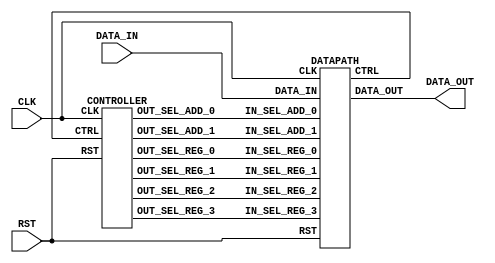
module SQRT(
	CLK, RST,
	DATA_IN,
	DATA_OUT
);

input			CLK, RST;
input [15:0]	DATA_IN;
output [15:0]	DATA_OUT;

wire			SEL_REG_0;
wire [1:0]		SEL_REG_1;
wire [1:0]		SEL_REG_2;
wire [1:0]		SEL_REG_3;

wire [1:0]		SEL_ADD_0;
wire [1:0]		SEL_ADD_1;

wire			CTRL;


DATAPATH DATAPATH(
	// Inputs
	CLK, RST,
	DATA_IN,
	SEL_REG_0,
	SEL_REG_1,
	SEL_REG_2,
	SEL_REG_3,
	SEL_ADD_0,
	SEL_ADD_1,
	// Outputs
	CTRL,
	DATA_OUT
);

CONTROLLER CONTROLLER(
	// Inputs
	CLK, RST,
	CTRL,
	// Outputs
	SEL_REG_0,
	SEL_REG_1,
	SEL_REG_2,
	SEL_REG_3,
	SEL_ADD_0,
	SEL_ADD_1
);

endmodule


module DATAPATH(
	CLK, RST,
	DATA_IN,

	IN_SEL_REG_0,
	IN_SEL_REG_1,
	IN_SEL_REG_2,
	IN_SEL_REG_3,

	IN_SEL_ADD_0,
	IN_SEL_ADD_1,

	CTRL,
	DATA_OUT
);

input			CLK, RST;
input [15:0]	DATA_IN;

input			IN_SEL_REG_0;
input [1:0]		IN_SEL_REG_1;
input [1:0]		IN_SEL_REG_2;
input [1:0]		IN_SEL_REG_3;

input [1:0]		IN_SEL_ADD_0;
input [1:0]		IN_SEL_ADD_1;

output			CTRL;
output [15:0]	DATA_OUT;

// Registers
reg [15:0]		REG_0, REG_1, REG_2, REG_3;

// Wires
wire [15:0]		DATA_IN_MUL_0, DATA_IN_MUL_1, DATA_OUT_MUL;
wire [15:0]		DATA_IN_DIV_0, DATA_IN_DIV_1, DATA_OUT_DIV;
wire [15:0]		DATA_IN_ADD_0, DATA_IN_ADD_1, DATA_OUT_ADD;
wire [15:0]		DATA_IN_CMP_0, DATA_IN_CMP_1;
wire [15:0]		DATA_IN_SHIFT, DATA_OUT_SHIFT;


always @(posedge CLK or posedge RST)
begin
	if(RST) begin
		REG_0 <= 16'd0;
		REG_1 <= 16'd0;
		REG_2 <= 16'd0;
		REG_3 <= 16'd0;
	end else begin
		REG_0 <= MUX_2_TO_1(DATA_IN, REG_0, IN_SEL_REG_0);
		REG_1 <= MUX_4_TO_1(REG_1, DATA_OUT_ADD, DATA_OUT_DIV, DATA_OUT_SHIFT, IN_SEL_REG_1);
		REG_2 <= MUX_3_TO_1(REG_1, DATA_OUT_MUL, DATA_OUT_ADD, IN_SEL_REG_2);
		REG_3 <= MUX_3_TO_1(16'b0000000000000000, REG_3, DATA_OUT_ADD, IN_SEL_REG_3);
	end
end


// -------------------------------- //
// FU's input
// -------------------------------- //

assign DATA_IN_MUL_0 = 16'b0000000011100011; //  0.89
assign DATA_IN_MUL_1 = REG_0;

assign DATA_IN_DIV_0 = REG_0;
assign DATA_IN_DIV_1 = REG_1;

assign DATA_IN_ADD_0 = MUX_3_TO_1(16'b0000000000111000, 16'b0000000100000000, REG_2, IN_SEL_ADD_0); //  0.22  1
assign DATA_IN_ADD_1 = MUX_3_TO_1(REG_1, REG_2, REG_3, IN_SEL_ADD_1);

assign DATA_IN_CMP_0 = REG_3;
assign DATA_IN_CMP_1 = 16'b0000010100000000; //  5 ( )

assign DATA_IN_SHIFT = REG_2;


function [15:0] MUX_2_TO_1;
input [15:0]    IN_0;
input [15:0]    IN_1;
input           IN_SEL;
reg [15:0]      ANSWER;
begin
	if(IN_SEL==0)
		ANSWER = IN_0;
	else if(IN_SEL==1)
		ANSWER = IN_1;
	else
		ANSWER = 16'bxxxxxxxxxxxxxxxx;
	MUX_2_TO_1 = ANSWER;
end
endfunction

function [15:0] MUX_3_TO_1;
input [15:0]    IN_0;
input [15:0]    IN_1;
input [15:0]    IN_2;
input [1:0]     IN_SEL;
reg [15:0]      ANSWER;
begin
	if(IN_SEL==0)
		ANSWER = IN_0;
	else if(IN_SEL==1)
		ANSWER = IN_1;
	else if(IN_SEL==2)
		ANSWER = IN_2;
	else
		ANSWER = 16'bxxxxxxxxxxxxxxxx;
	MUX_3_TO_1 = ANSWER;
end
endfunction

function [15:0] MUX_4_TO_1;
input [15:0]    IN_0;
input [15:0]    IN_1;
input [15:0]    IN_2;
input [15:0]    IN_3;
input [1:0]     IN_SEL;
reg [15:0]      ANSWER;
begin
	if(IN_SEL==0)
		ANSWER = IN_0;
	else if(IN_SEL==1)
		ANSWER = IN_1;
	else if(IN_SEL==2)
		ANSWER = IN_2;
	else if(IN_SEL==3)
		ANSWER = IN_3;
	else
		ANSWER = 16'bxxxxxxxxxxxxxxxx;
	MUX_4_TO_1 = ANSWER;
end
endfunction



ADDER ADDER(DATA_IN_ADD_0, DATA_IN_ADD_1, DATA_OUT_ADD);
MULTIPLIER MULTIPLIER(DATA_IN_MUL_0, DATA_IN_MUL_1, DATA_OUT_MUL);
DIVIDER DIVIDER(DATA_IN_DIV_0, DATA_IN_DIV_1, DATA_OUT_DIV);
COMPARATOR COMPARATOR(DATA_IN_CMP_0, DATA_IN_CMP_1, CTRL);
SHIFTER SHIFTER(DATA_IN_SHIFT, DATA_OUT_SHIFT);

assign DATA_OUT = REG_1;

endmodule

module ADDER(A, B, Y);
	input [15:0] A;
	input [15:0] B;
	output [15:0] Y;

	assign Y = A + B;
endmodule

module MULTIPLIER(A, B, Y);
	input [15:0] A;
	input [15:0] B;
	output [15:0] Y;

	assign Y = {4'b0000, A[15:4]} * {4'b0000, B[15:4]};
endmodule

module DIVIDER(A, B, Y);
	input [15:0] A;
	input [15:0] B;
	wire [23:0] T1, T2;
	output [15:0] Y;

	assign Y = A / {8'b00000000, B[15:8]};
endmodule

module COMPARATOR(A, B, Y);
	input [15:0] A;
	input [15:0] B;
	output Y;

	assign Y = A < B;
	//always @(A or B) begin
	//	if (A < B)
	//		assign Y = 1'b1;
	//	else
	//		assign Y = 1'b0;
	//end
endmodule

module SHIFTER(A, Y);
	input [15:0] A;
	output [15:0] Y;

	assign Y = {1'b0, A[15:1]};
endmodule


module CONTROLLER(
	CLK, RST,
	CTRL,
	OUT_SEL_REG_0,
	OUT_SEL_REG_1,
	OUT_SEL_REG_2,
	OUT_SEL_REG_3,
	OUT_SEL_ADD_0,
	OUT_SEL_ADD_1
);

input			CLK, RST;
input			CTRL;
output			OUT_SEL_REG_0;
output [1:0]	OUT_SEL_REG_1;
output [1:0]	OUT_SEL_REG_2;
output [1:0]	OUT_SEL_REG_3;
output [1:0]	OUT_SEL_ADD_0;
output [1:0]	OUT_SEL_ADD_1;

reg		S0, S1, S2, S3, S4, S5, S6;

// state transition control
always @( posedge CLK or posedge RST ) begin
	if( RST )
		{S0, S1, S2, S3, S4, S5, S6} <= 7'b1000000;
	else begin
		if(S0) begin
			S0 <= 1'b0; S1 <= 1'b1;
		end else if(S1) begin
			S1 <= 1'b0; S2 <= 1'b1;
		end else if(S2) begin
			S2 <= 1'b0; S3 <= 1'b1;
		end else if(S3) begin
			S3 <= 1'b0; S4 <= 1'b1;
		end else if(S4) begin
			S4 <= 1'b0; S5 <= 1'b1;
		end else if(S5) begin
			S5 <= 1'b0;
			if(CTRL)
				S3 <= 1'b1;
			else
				S6 <= 1'b1;
		end else if(S6)
			S6 <= 1'b1;
		else begin
			{S0, S1, S2, S3, S4, S5, S6} <= 7'b1000000;
		end
	end
end

assign OUT_SEL_REG_0 = GET_SEL_REG_0(S0, S1, S2, S3, S4, S5, S6);
assign OUT_SEL_REG_1 = GET_SEL_REG_1(S0, S1, S2, S3, S4, S5, S6);
assign OUT_SEL_REG_2 = GET_SEL_REG_2(S0, S1, S2, S3, S4, S5, S6);
assign OUT_SEL_REG_3 = GET_SEL_REG_3(S0, S1, S2, S3, S4, S5, S6);
assign OUT_SEL_ADD_0 = GET_SEL_ADD_0(S0, S1, S2, S3, S4, S5, S6);
assign OUT_SEL_ADD_1 = GET_SEL_ADD_1(S0, S1, S2, S3, S4, S5, S6);

// character detection logic
function GET_SEL_REG_0;
	input	S0, S1, S2, S3, S4, S5, S6;
	reg		ANSWER;
	begin
		if(S0)
			ANSWER = 1'b0;
		else if(S1)
			ANSWER = 1'b1;
		else if(S2)
			ANSWER = 1'b1;
		else if(S3)
			ANSWER = 1'b1;
		else if(S4)
			ANSWER = 1'b1;
		else if(S5)
			ANSWER = 1'b1;
		else if(S6)
			ANSWER = 1'bx;
		else
			ANSWER = 1'bx;
		GET_SEL_REG_0 = ANSWER;
	end
endfunction

function [1:0] GET_SEL_REG_1;
	input		S0, S1, S2, S3, S4, S5, S6;
	reg [1:0]	ANSWER;
	begin
		if(S0)
			ANSWER = 2'bxx;
		else if(S1)
			ANSWER = 2'bxx;
		else if(S2)
			ANSWER = 2'b01;
		else if(S3)
			ANSWER = 2'b10;
		else if(S4)
			ANSWER = 2'bxx;
		else if(S5)
			ANSWER = 2'b11;
		else if(S6)
			ANSWER = 2'b00;
		else
			ANSWER = 2'bxx;
		GET_SEL_REG_1 = ANSWER;
	end
endfunction

function [1:0] GET_SEL_REG_2;
	input		S0, S1, S2, S3, S4, S5, S6;
	reg [1:0]	ANSWER;
	begin
		if(S0)
			ANSWER = 2'bxx;
		else if(S1)
			ANSWER = 2'b01;
		else if(S2)
			ANSWER = 2'bxx;
		else if(S3)
			ANSWER = 2'b00;
		else if(S4)
			ANSWER = 2'b10;
		else if(S5)
			ANSWER = 2'bxx;
		else if(S6)
			ANSWER = 2'bxx;
		else
			ANSWER = 2'bxx;
		GET_SEL_REG_2 = ANSWER;
	end
endfunction

function [1:0] GET_SEL_REG_3;
	input		S0, S1, S2, S3, S4, S5, S6;
	reg [1:0]	ANSWER;
	begin
		if(S0)
			ANSWER = 2'bxx;
		else if(S1)
			ANSWER = 2'bxx;
		else if(S2)
			ANSWER = 2'b00;
		else if(S3)
			ANSWER = 2'b10;
		else if(S4)
			ANSWER = 2'b01;
		else if(S5)
			ANSWER = 2'b01;
		else if(S6)
			ANSWER = 2'bxx;
		else
			ANSWER = 2'bxx;
		GET_SEL_REG_3 = ANSWER;
	end
endfunction

function [1:0] GET_SEL_ADD_0;
	input		S0, S1, S2, S3, S4, S5, S6;
	reg [1:0]	ANSWER;
	begin
		if(S0)
			ANSWER = 2'bxx;
		else if(S1)
			ANSWER = 2'bxx;
		else if(S2)
			ANSWER = 2'b00;
		else if(S3)
			ANSWER = 2'b01;
		else if(S4)
			ANSWER = 2'b10;
		else if(S5)
			ANSWER = 2'bxx;
		else if(S6)
			ANSWER = 2'bxx;
		else
			ANSWER = 2'bxx;
		GET_SEL_ADD_0 = ANSWER;
	end
endfunction

function [1:0] GET_SEL_ADD_1;
	input		S0, S1, S2, S3, S4, S5, S6;
	reg [1:0]	ANSWER;
	begin
		if(S0)
			ANSWER = 2'bxx;
		else if(S1)
			ANSWER = 2'bxx;
		else if(S2)
			ANSWER = 2'b01;
		else if(S3)
			ANSWER = 2'b10;
		else if(S4)
			ANSWER = 2'b00;
		else if(S5)
			ANSWER = 2'bxx;
		else if(S6)
			ANSWER = 2'bxx;
		else
			ANSWER = 2'bxx;
		GET_SEL_ADD_1 = ANSWER;
	end
endfunction

endmodule